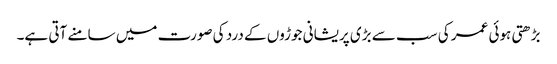
بڑھتی ہوئی عمر کی سب سے بڑی پریشانی جوڑوں کے درد کی صورت میں سامنے آتی ہے۔